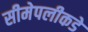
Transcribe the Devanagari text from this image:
सीमेपलीकडे